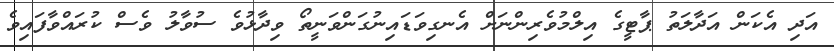
އަދި އެކަން އަދާލަތު ޕާޓީގެ އިލްމުވެރިންނަށް އެނގިވަޑައިނުގަންވަނީތޯ ވިދާޅުވެ ސުވާލު ވެސް ކުރައްވާފައިވެ